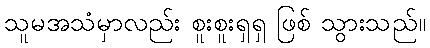
သူမအသံမှာလည်း စူးစူးရှရှ ဖြစ် သွားသည်။